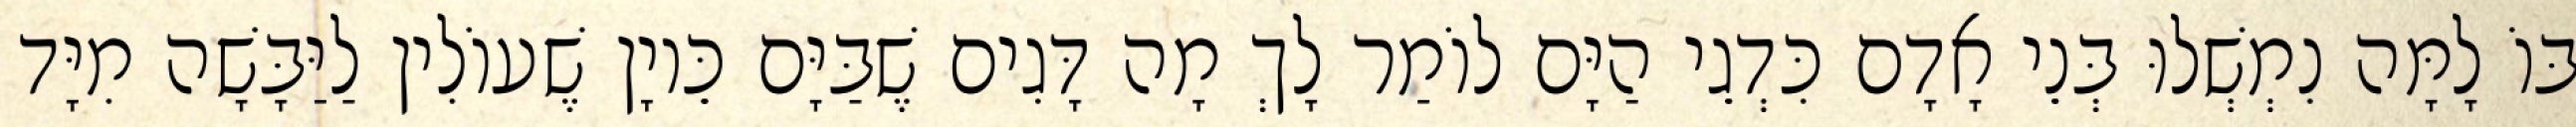
בּוֹ לָמָּה נִמְשְׁלוּ בְּנֵי אָדָם כִּדְגֵי הַיָּם לוֹמַר לָךְ מָה דָּגִים שֶׁבַּיָּם כֵּיוָן שֶׁעוֹלִין לַיַּבָּשָׁה מִיָּד